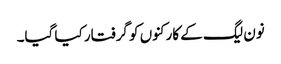
نون لیگ کے کارکنوں کو گرفتار کیا گیا۔